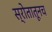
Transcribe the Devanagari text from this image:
स्रोतातूनच